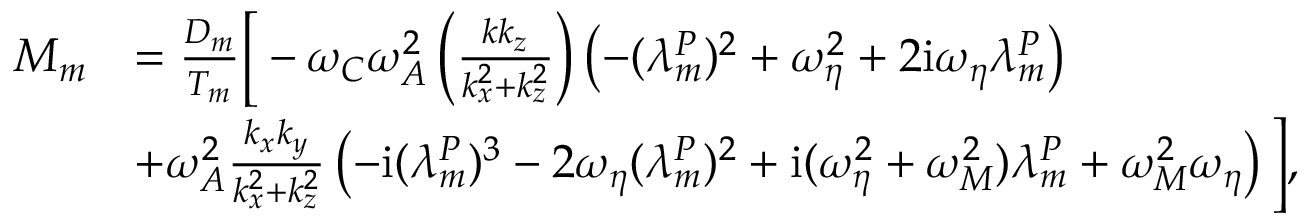
\begin{array} { r l } { M _ { m } } & { = \frac { D _ { m } } { T _ { m } } \bigg [ - \omega _ { C } \omega _ { A } ^ { 2 } \left( \frac { k k _ { z } } { k _ { x } ^ { 2 } + k _ { z } ^ { 2 } } \right) \left( - ( \lambda _ { m } ^ { P } ) ^ { 2 } + \omega _ { \eta } ^ { 2 } + 2 \mathrm { i } \omega _ { \eta } \lambda _ { m } ^ { P } \right) } \\ & { + \omega _ { A } ^ { 2 } \frac { k _ { x } k _ { y } } { k _ { x } ^ { 2 } + k _ { z } ^ { 2 } } \left( - \mathrm { i } ( \lambda _ { m } ^ { P } ) ^ { 3 } - 2 \omega _ { \eta } ( \lambda _ { m } ^ { P } ) ^ { 2 } + \mathrm { i } ( \omega _ { \eta } ^ { 2 } + \omega _ { M } ^ { 2 } ) \lambda _ { m } ^ { P } + \omega _ { M } ^ { 2 } \omega _ { \eta } \right) \bigg ] , } \end{array}